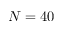
N = 4 0